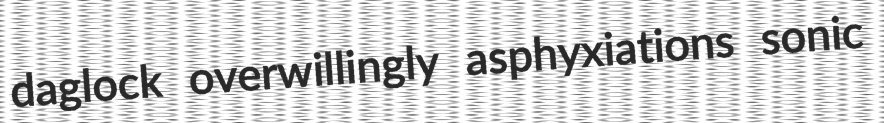
daglock overwillingly asphyxiations sonic